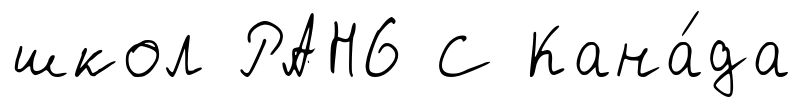
школ РАН6 С Кана́да